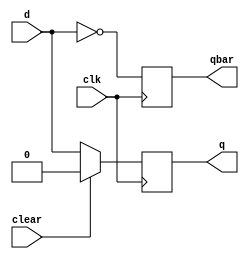
module dff(d,clk,clear,q,qbar); 
input d, clk, clear; 
output reg q, qbar; 
always@(posedge clk) 
begin
if(clear== 1)
begin
q <= 0;
qbar <= 1;
end
else 
q <= d; 
qbar = !d; 
end 
endmodule